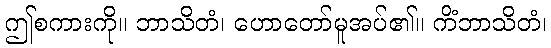
ဤစကားကို။ ဘာသိတံ၊ ဟောတော်မူအပ်၏။ ကိံဘာသိတံ၊